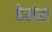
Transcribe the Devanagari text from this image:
हेमंस